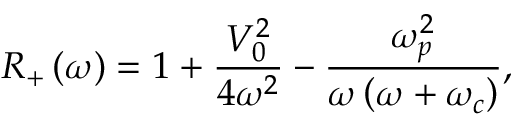
R _ { + } \left( \omega \right) = 1 + \frac { V _ { 0 } ^ { 2 } } { 4 \omega ^ { 2 } } - \frac { \omega _ { p } ^ { 2 } } { \omega \left( \omega + \omega _ { c } \right) } ,